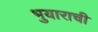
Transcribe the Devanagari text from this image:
भुयाराची